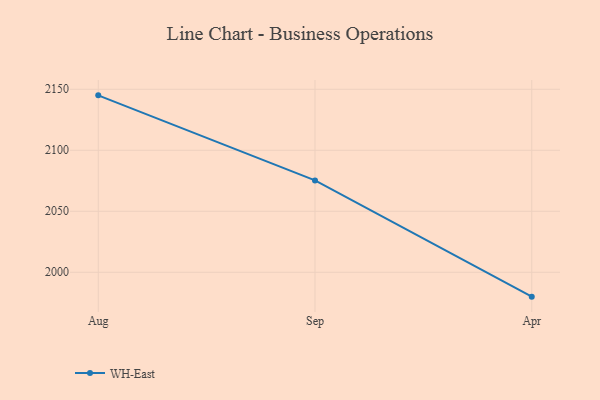
{"axis": {"x": "Month", "y": "Active Users"}, "legend": ["WH-East"], "data": [{"x": "Aug", "y": 2145.0, "type": "WH-East"}, {"x": "Sep", "y": 2075.3, "type": "WH-East"}, {"x": "Apr", "y": 1980.0, "type": "WH-East"}]}